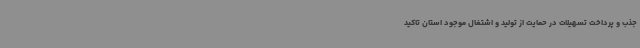
جذب و پرداخت تسهیلات در حمایت از تولید و اشتغال موجود استان تاکید